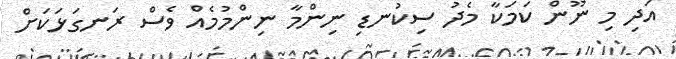
އަދި މި ނޫން ކަމަކާ މެދު ސިކުނޑި ނިންމާ ނިންމުމެއް ވެސް ރަނގަޅަކަށް